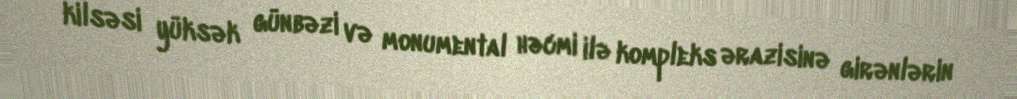
kilsəsi yüksək günbəzi və monumental həcmi ilə kompleks ərazisinə girənlərin